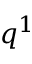
q ^ { 1 }